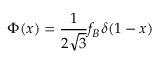
\Phi ( x ) = { \frac { 1 } { 2 \sqrt { 3 } } } f _ { B } \delta ( 1 - x )